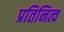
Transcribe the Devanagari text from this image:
प्रतिनित्व